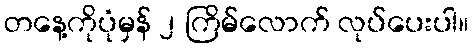
တနေ့ကိုပုံမှန် ၂ ကြိမ်လောက် လုပ်ပေးပါ။